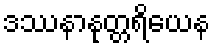
ဒဿနာနုတ္တရိယေန